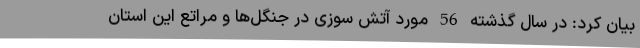
بیان کرد: در سال گذشته 56 مورد آتش سوزی در جنگل‌ها و مراتع این استان